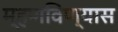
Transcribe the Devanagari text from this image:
म्हणविण्यास